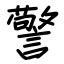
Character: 警